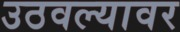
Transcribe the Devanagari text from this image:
उठवल्यावर